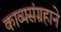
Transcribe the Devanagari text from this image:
काव्यसंग्रहाने